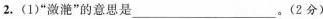
2.(1)“潋滟”的意思是___ 。(2分)